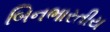
બિનભારતીય